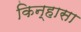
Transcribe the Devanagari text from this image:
किन्हासा